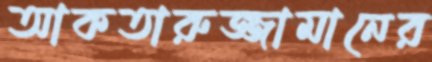
আকতারুজ্জামানের